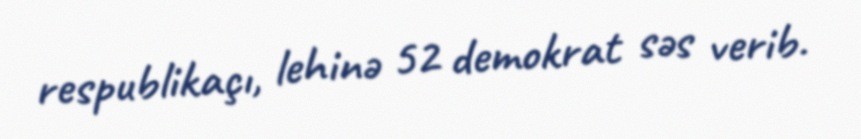
respublikaçı, lehinə 52 demokrat səs verib.